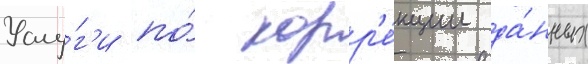
Услу́г'и по́ корр'е́кции да́нных